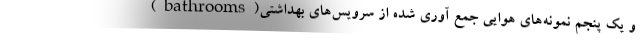
و یک پنجم نمونه‌های هوایی جمع آوری شده از سرویس‌های بهداشتی(bathrooms)